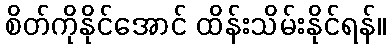
စိတ်ကိုနိုင်အောင် ထိန်းသိမ်းနိုင်ရန်။